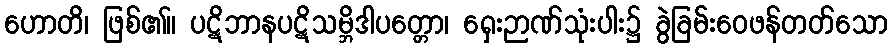
ဟောတိ၊ ဖြစ်၏။ ပဋိဘာနပဋိသမ္ဘိဒါပတ္တော၊ ရှေးဉာဏ်သုံးပါး၌ ခွဲခြမ်းဝေဖန်တတ်သော